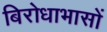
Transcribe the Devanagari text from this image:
बिरोधाभासों